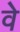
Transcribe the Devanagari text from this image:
वेे